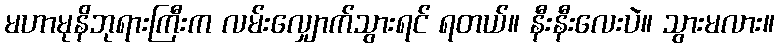
မဟာမုနိဘုရားကြီးက လမ်းလျှောက်သွားရင် ရတယ်။ နီးနီးလေးပဲ။ သွားမလား။